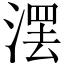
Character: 𣺽